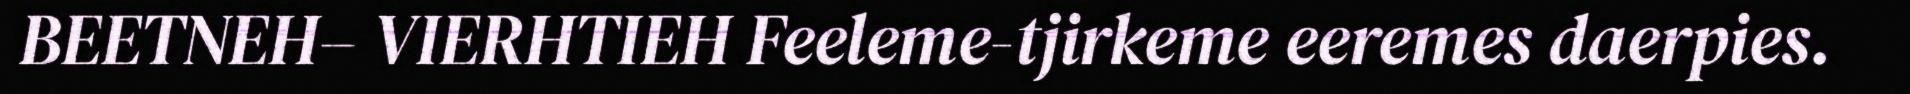
BEETNEH– VIERHTIEH Feeleme-tjirkeme eeremes daerpies.